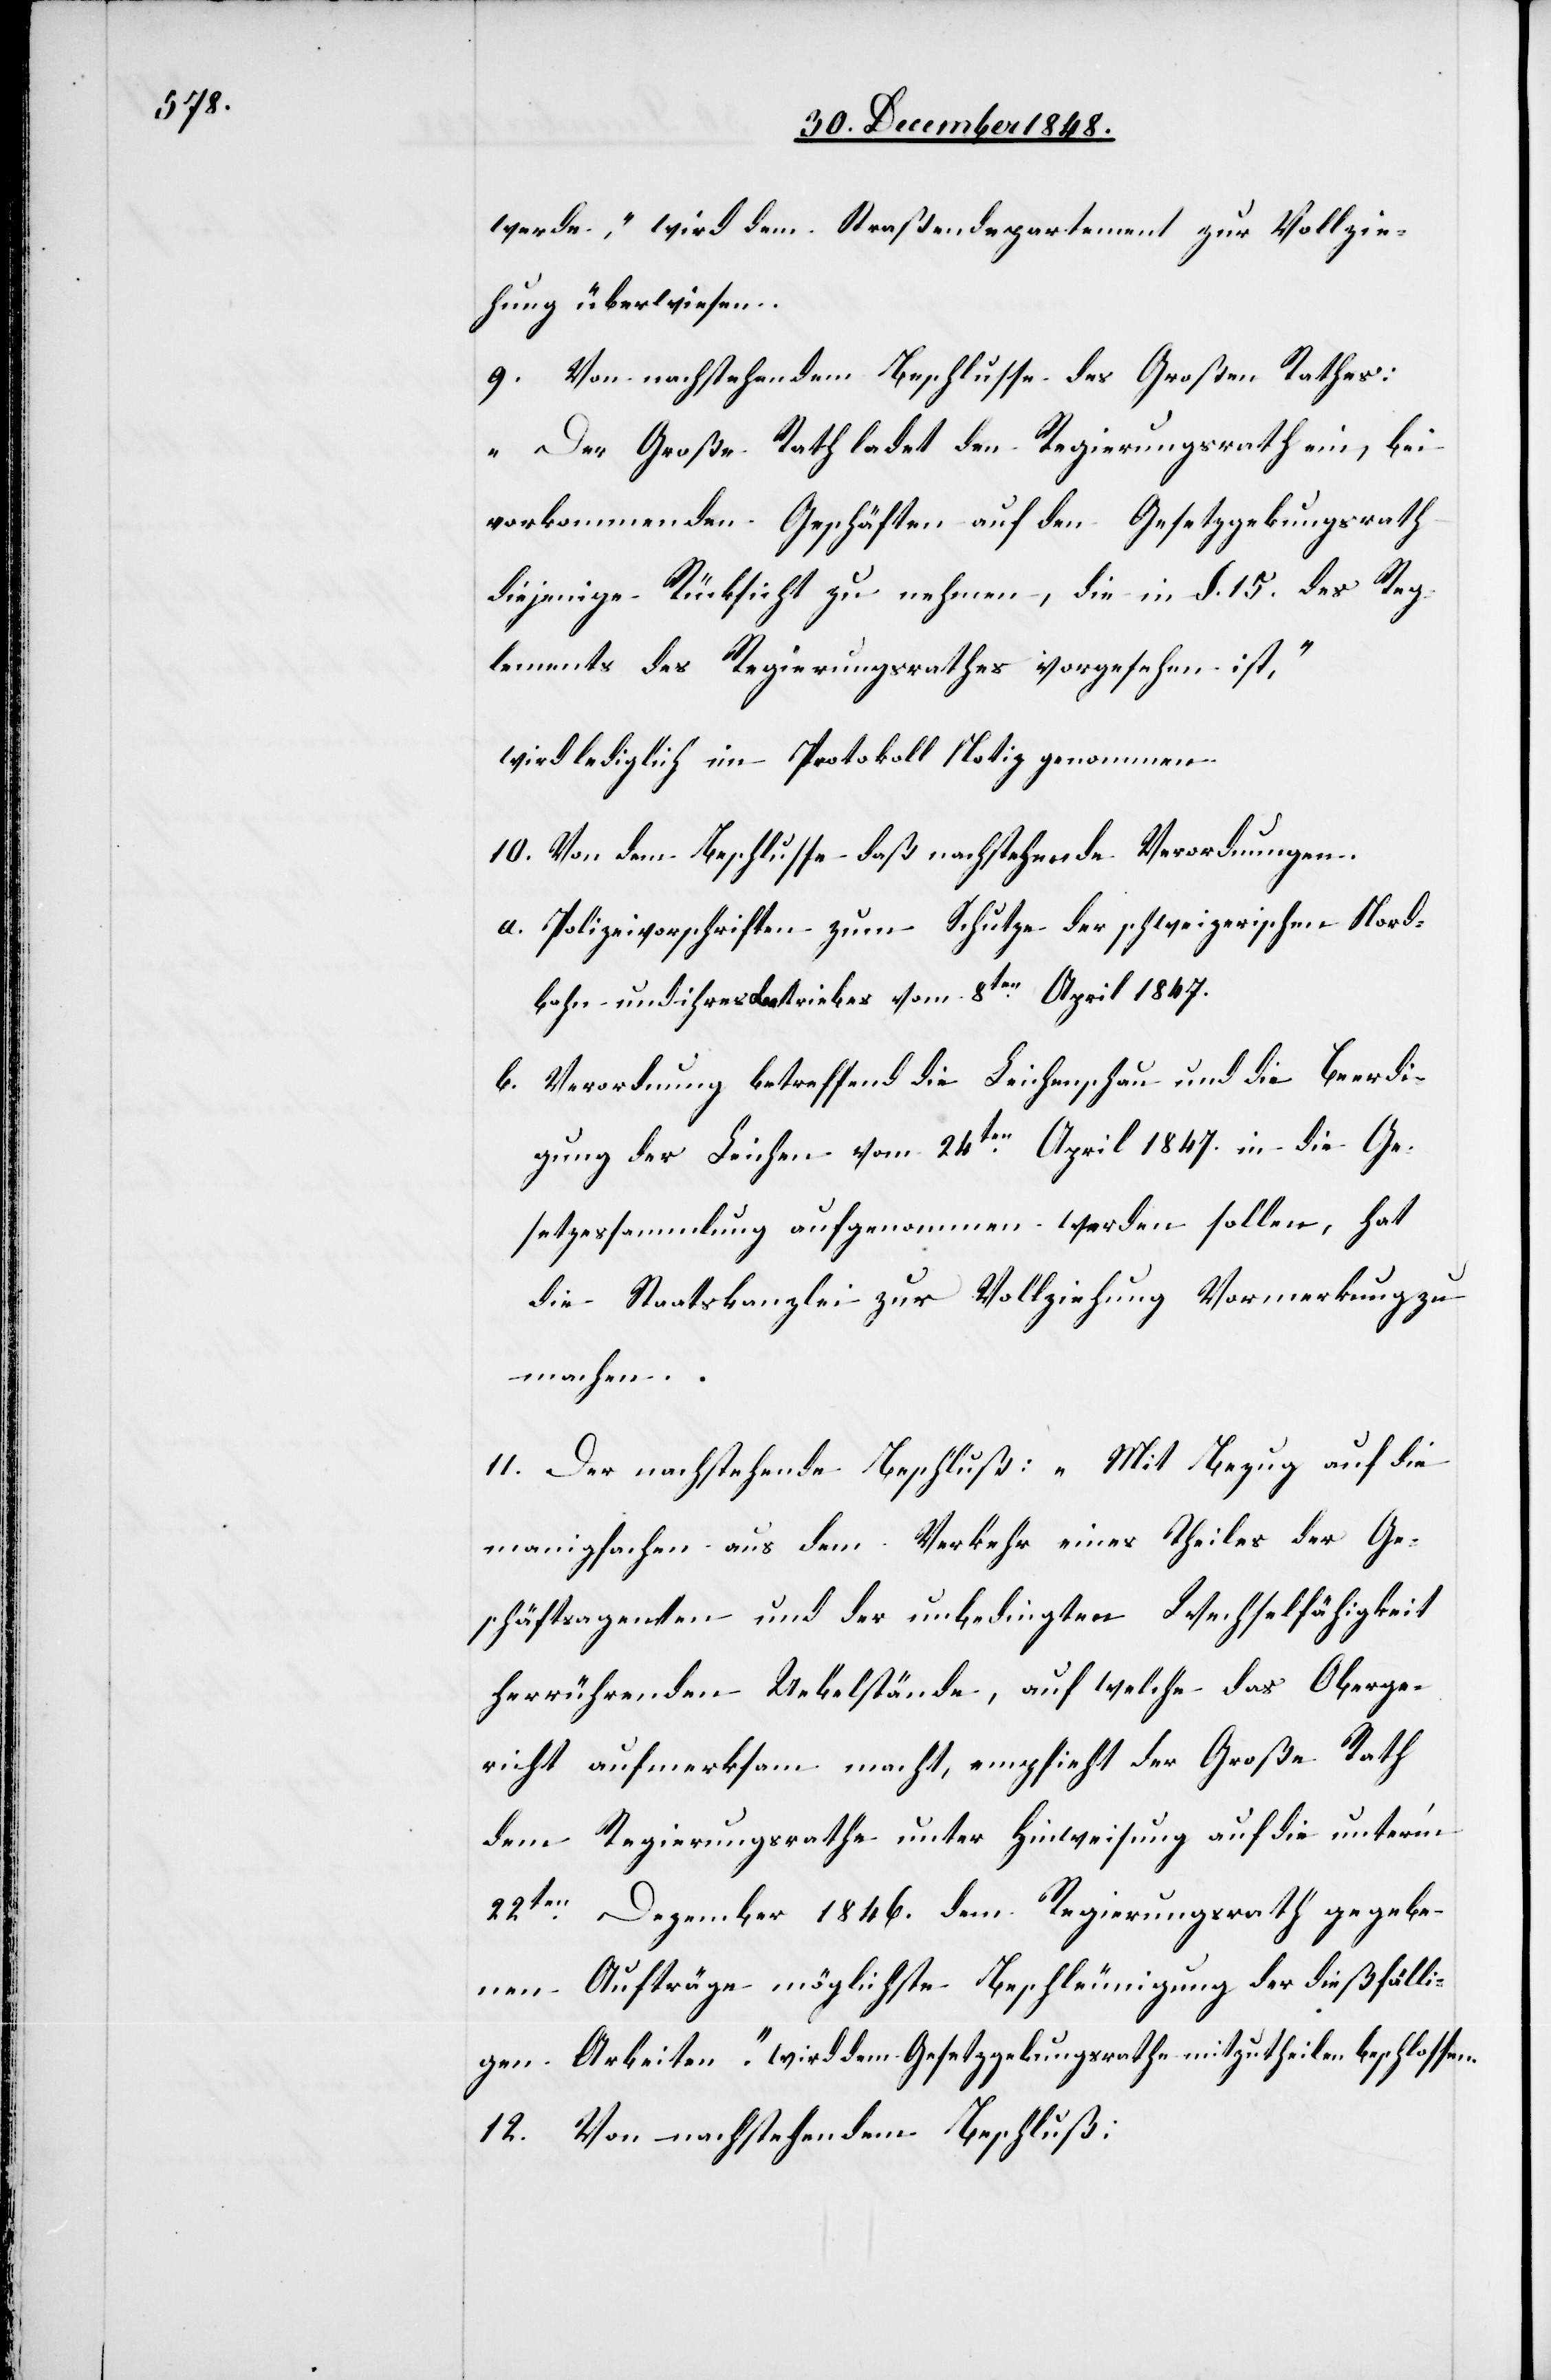
werde“, wird dem Straßendepartement zur Vollzie¬
hung überwiesen.
9. Von nachstehendem Beschlusse des Großen Rathes:
„Der Große Rath ladet den Regierungsrath ein, bei
vorkommenden Geschäften auf den Gesetzgebungsrath
diejenige Rücksicht zu nehmen, die in §. 15. des Reg¬
lements des Regierungsrathes vorgesehen ist“,
wird lediglich im Protokoll Notiz genommen.
10. Von dem Beschlusse daß nachstehende Verordnungen.
a. Polizeivorschriften zum Schutze der schweizerischen Nord¬
bahn und ihres Betriebes vom 8ten April 1847.
b. Verordnung betreffend die Leichenschau und die Beerdi¬
gung der Leichen vom 24ten April 1847. in die Ge¬
setzessammlung aufgenommen werden sollen, hat
die Staatskanzlei zur Vollziehung Vormerkung zu
machen.
11. Der nachstehende Beschluß: „Mit Bezug auf die
manigfachen aus dem Verkehr eines Theiles der Ge¬
schäftsagenten und der unbedingten Wechselfähigkeit
herrührenden Uebelstände, auf welche das Oberge¬
richt aufmerksam macht, empfiehlt der Große Rath
dem Regierungsrathe unter Hinweisung auf die unter’m
22ten Dezember 1846. dem Regierungsrath gegebe¬
nen Aufträge möglichste Beschleunigung der dießfälli¬
gen Arbeiten.“ wird dem Gesetzgebungsrathe mitzutheilen beschlossen.
12. Von nachstehendem Beschluß: